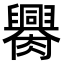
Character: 𦢰